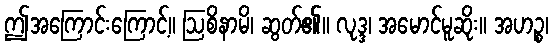
ဤအကြောင်းကြောင့်။ ဩစိနာမိ၊ ဆွတ်၏။ လုဒ္ဒ၊ အမောင်မူဆိုး။ အဟဉ္စ၊